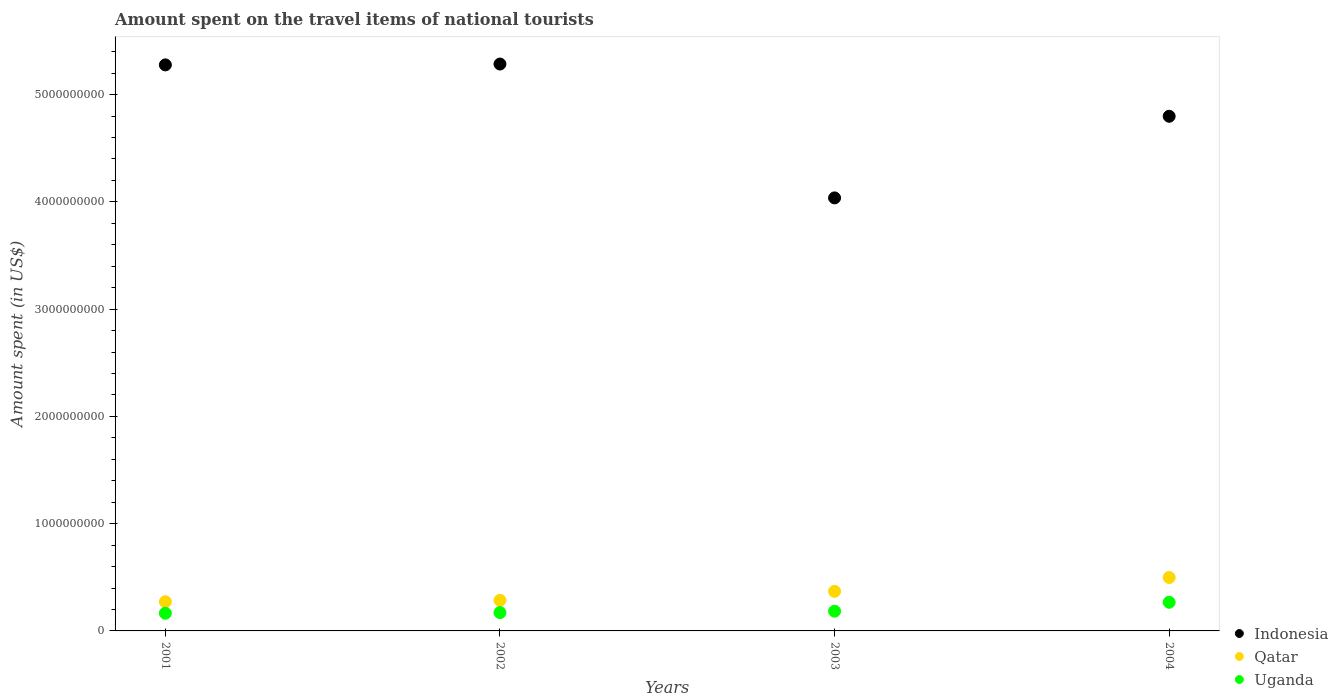
| Years | Indonesia | Qatar | Uganda |
 | --- | --- | --- | --- |
 | 2001 | 5.28e+09 | 2.72e+08 | 1.65e+08 |
 | 2002 | 5.28e+09 | 2.85e+08 | 1.71e+08 |
 | 2003 | 4.04e+09 | 3.69e+08 | 1.84e+08 |
 | 2004 | 4.8e+09 | 4.98e+08 | 2.67e+08 |